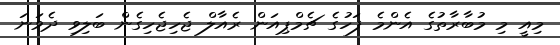
މިއީ މި މުބާރާތުގެ އެންމެ ފަހުގެ ޗެމްޕިއަން ރެއާލް ޖެހިޖެހިގެން ބަލިވި ދެވަނަ